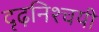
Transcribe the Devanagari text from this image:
दृढ़निश्‍चयी